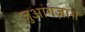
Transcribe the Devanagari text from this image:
ज़ुआंगज़ांग